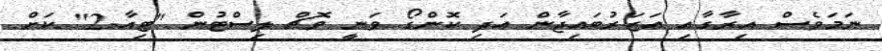
ނަމަވެސް އިރާގާއި އަޒަރުބައިޖާން އަދި ކޮންގޯ ވަނީ ވޮޗް ލިސްޓުން "ޓިއާ-2" ކަށް